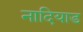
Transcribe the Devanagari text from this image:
नादियाड